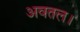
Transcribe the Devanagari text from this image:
अवतल।